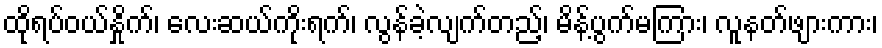
ထိုရပ်ဝယ်နှိုက်၊ လေးဆယ်ကိုးရက်၊ လွန်ခဲ့လျက်တည့်၊ မိန့်ပွက်မကြား၊ လူနတ်ဖျားကား၊